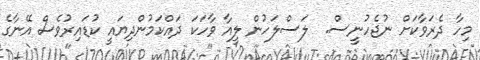
މިހާ ދެރަވާކަށް ނުޖެހުނީސް.  ލަސްލަހުން ލީއާ ވާހަކަ ދައްކަމުންދިޔައީ ކުޑައިރުވެސް އޭނާގެ